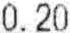
0.20